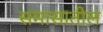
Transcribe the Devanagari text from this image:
समासातील